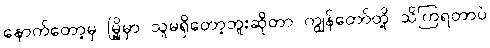
နောက်တော့မှ မြို့မှာ သူမရှိတော့ဘူးဆိုတာ ကျွန်တော်တို့ သိကြရတာပဲ